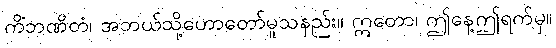
ကိံဘဏိတံ၊ အဘယ်သို့ဟောတော်မူသနည်း။ ဣတော၊ ဤနေ့ဤရက်မှ။